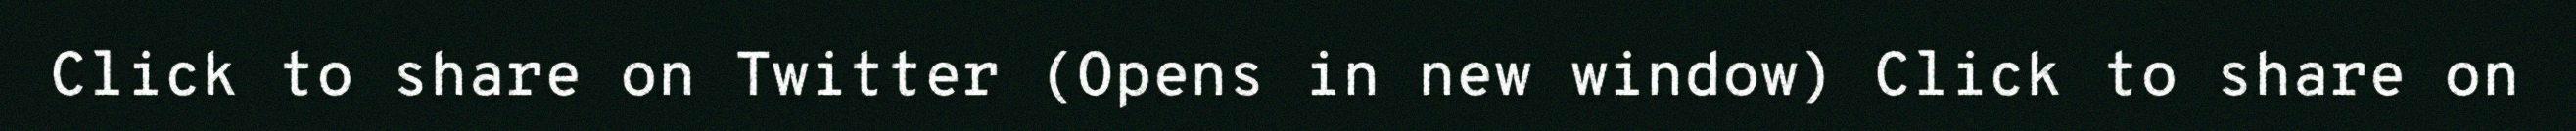
Click to share on Twitter (Opens in new window) Click to share on